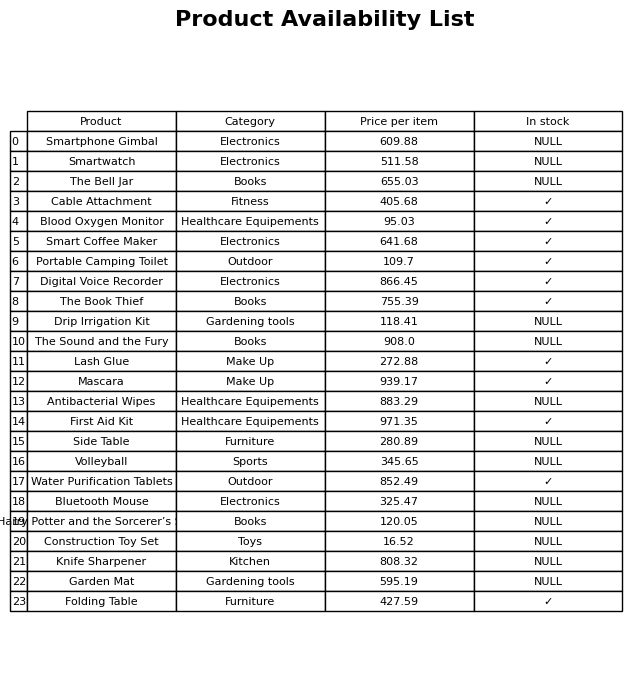
question: What is the price of the Smart Coffee Maker?
answer: The price of Smart Coffee Maker is 641.68.